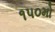
૧૫૦મો